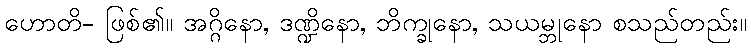
ဟောတိ- ဖြစ်၏။ အဂ္ဂိနော, ဒဏ္ဍိနော, ဘိက္ခုနော, သယမ္ဘုနော စသည်တည်း။